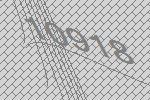
10918